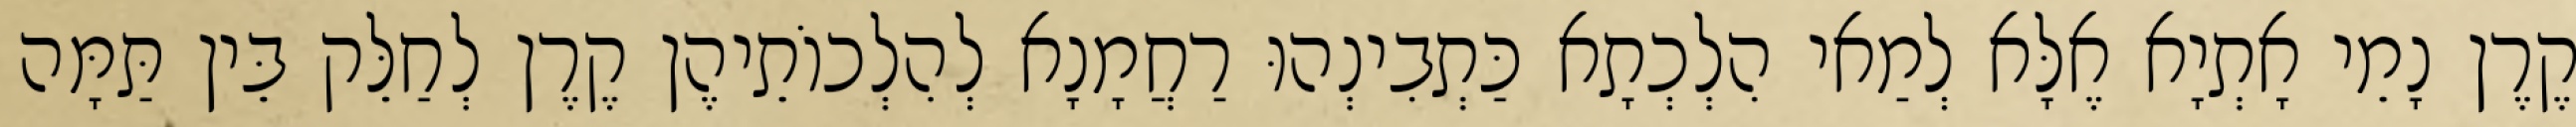
קֶרֶן נָמֵי אָתְיָא אֶלָּא לְמַאי הִלְכְתָא כַּתְבִינְהוּ רַחֲמָנָא לְהִלְכוֹתֵיהֶן קֶרֶן לְחַלֵּק בֵּין תַּמָּה